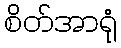
စိတ်အာရုံ